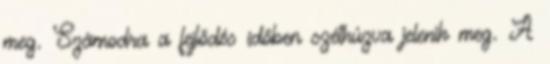
meg. Számodra a fejlődés időben széthúzva jelenik meg. A